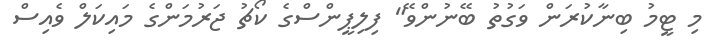
މި ޓީމު ބިނާކުރަން ވަގުތު ބޭނުންވޭ" ފިލިޕީންސްގެ ކޯޗު ޖަރުމަންގެ މައިކަލް ވެއިސް